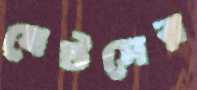
যেটসের